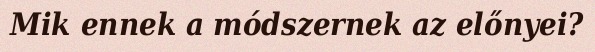
Mik ennek a módszernek az előnyei?